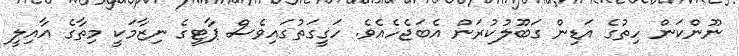
ނޫންކަން ހިތުގެ އަޑިން ގަބޫލުކުރަން އެބަޖެހެއެވެ. ހަގީގަތުގައިވެސް ޕާޓީގެ ނިޒާމަކީ މިތާގެ އާއިލީ